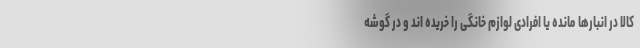
کالا در انبارها مانده یا افرادی لوازم خانگی را خریده اند و در گوشه